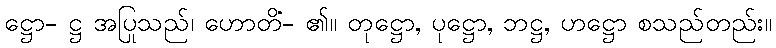
ဋ္ဌော- ဋ္ဌ အပြုသည်၊ ဟောတိ- ၏။ တုဋ္ဌော, ပုဋ္ဌော, ဘဋ္ဌံ, ဟဋ္ဌော စသည်တည်း။